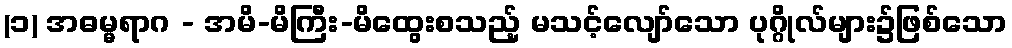
(၁) အဓမ္မရာဂ - အမိ-မိကြီး-မိထွေးစသည့် မသင့်လျော်သော ပုဂ္ဂိုလ်များ၌ဖြစ်သော